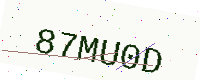
Text: 87MU0D